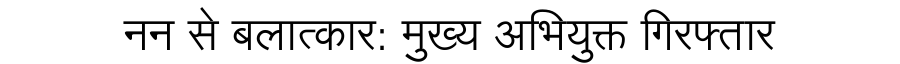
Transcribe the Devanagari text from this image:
नन से बलात्कार: मुख्य अभियुक्त गिरफ्तार